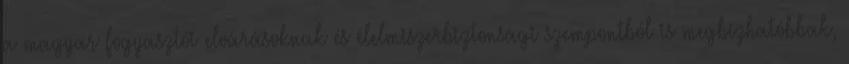
a magyar fogyasztói elvárásoknak és élelmiszerbiztonsági szempontból is megbízhatóbbak,